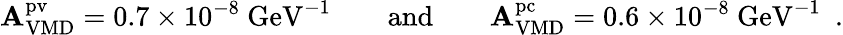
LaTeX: {\cal\mathbf{A}}_{\mathrm{{VMD}}}^{\mathrm{{pv}}}=0.7\times10^{-8}~\mathrm{{GeV}}^{-1}\qquad\mathrm{{and}}\qquad{\cal\mathbf{A}}_{\mathrm{{VMD}}}^{\mathrm{{pc}}}=0.6\times10^{-8}~\mathrm{{GeV}}^{-1}\ \ .